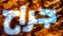
جراح